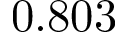
0 . 8 0 3